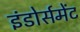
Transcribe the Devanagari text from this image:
इंडोर्समेंट